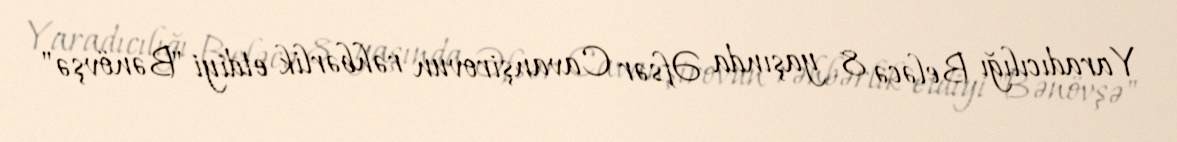
Yaradıcılığı Beləcə 8 yaşında Əfsər Cavanşirovun rəhbərlik etdiyi "Bənövşə"